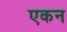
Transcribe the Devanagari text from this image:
एकन